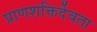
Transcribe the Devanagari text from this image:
प्राणशक्तिर्देवता